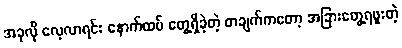
အခုလို လေ့လာရင်း နောက်ထပ် တွေ့ရှိခဲ့တဲ့ တချက်ကတော့ အခြားတွေ့ရဖူးတဲ့